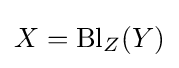
X=\operatorname {Bl} _{Z}(Y)